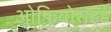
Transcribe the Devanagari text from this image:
ओफियोराइड